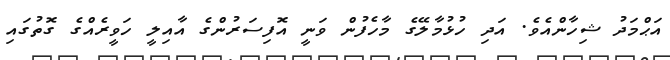
އަޙްމަދު ޝިހާންއެވެ. އަދި ހުޅުމާލޭގެ މާހެފުން ވަނީ އޮފިސަރުންގެ އާއިލީ ހަވީރެއްގެ ގޮތުގައި